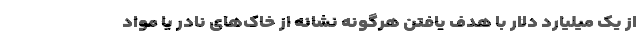
از یک میلیارد دلار با هدف یافتن هرگونه نشانه از خاک‌های نادر یا مواد